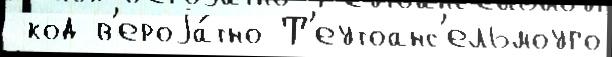
 код в'ероjа́тно Т'еутоанс'ельмоуго